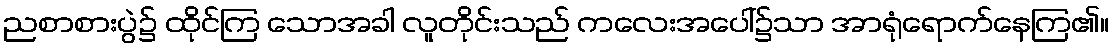
ညစာစားပွဲ၌ ထိုင်ကြ သောအခါ လူတိုင်းသည် ကလေးအပေါ်၌သာ အာရုံရောက်နေကြ၏။